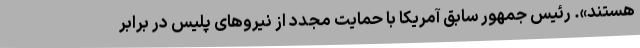
هستند». رئیس جمهور سابق آمریکا با حمایت مجدد از نیروهای پلیس در برابر